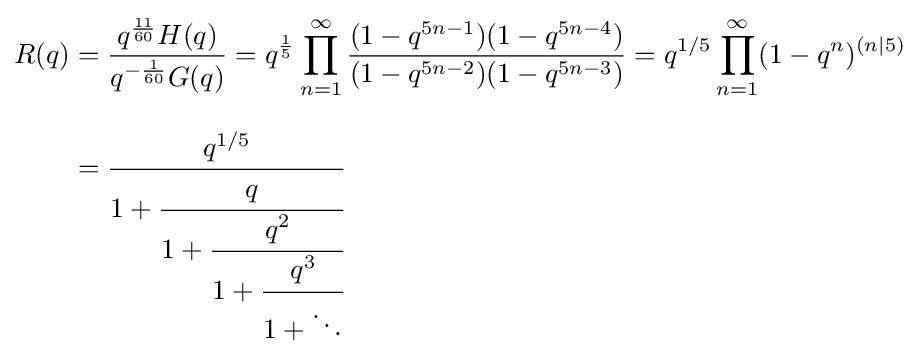
{\begin{aligned}R(q)&={\frac {q^{\frac {11}{60}}H(q)}{q^{-{\frac {1}{60}}}G(q)}}=q^{\frac {1}{5}}\prod _{n=1}^{\infty }{\frac {(1-q^{5n-1})(1-q^{5n-4})}{(1-q^{5n-2})(1-q^{5n-3})}}=q^{1/5}\prod _{n=1}^{\infty }(1-q^{n})^{(n|5)}\\[8pt]&={\cfrac {q^{1/5}}{1+{\cfrac {q}{1+{\cfrac {q^{2}}{1+{\cfrac {q^{3}}{1+\ddots }}}}}}}}\end{aligned}}